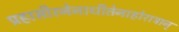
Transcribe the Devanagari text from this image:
प्रहासीरनेनाधीतेनाहोरात्रान्